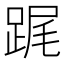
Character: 𨁱